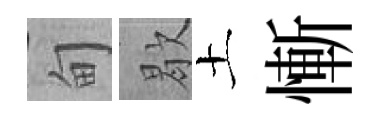
甸歇土慚